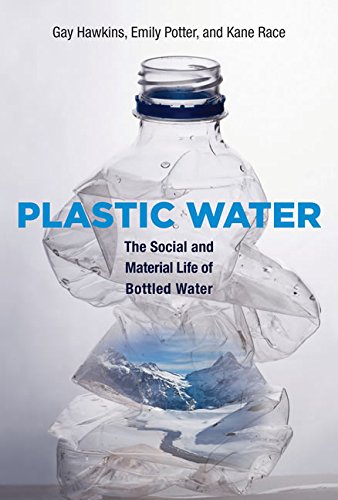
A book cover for Plastic Water: The Social and Material Life of Bottled Water; Gay Hawkins; Science & Math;